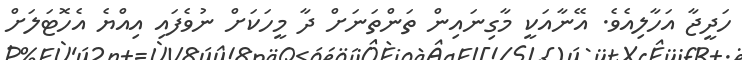
ހަދީޖާ އަހާލިއެވެ. އޭނާއަކީ މާގިނައިން ތަންތަނަށް ދާ މީހަކަށް ނުވެފައި އިއްޔެ އެހޮޓަލަށް